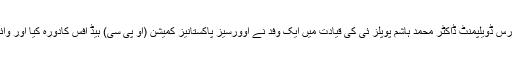
20 اپریل2018ء) وفاقی سیکرٹری وزارت اوورسیزپاکستانیز وہیومن ریسورس ڈویلپمنٹ ڈاکٹر محمد ہاشم پوپلز ئی کی قیادت میں ایک وفد نے اوورسیز پاکستانیز کمیشن (او پی سی) ہیڈ آفس کادورہ کیا اور وائس چیئرپرسن سینیٹر شاہین خالد بٹ اور کمشنر افضال بھٹی سے ملاقات کی۔